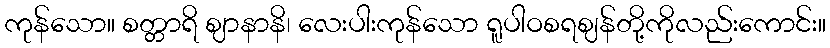
ကုန်သော။ စတ္တာရိ ဈာနာနိ၊ လေးပါးကုန်သော ရူပါဝစရဈန်တို့ကိုလည်းကောင်း။